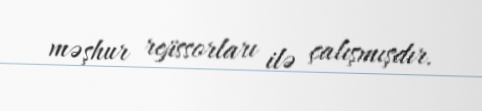
məşhur rejissorları ilə çalışmışdır.